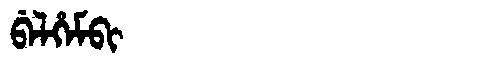
Manchu: ᠪᡝᠯᡥᡝᠮᠪᡳ
Romanization: BELHEMBI